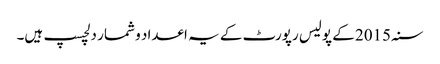
سنہ 2015 کے پولیس رپورٹ کے یہ اعداد و شمار دلچسپ ہیں۔